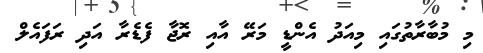
މި މުބާރާތުގައި މިއަދު އެންޑީ މަރޭ އާއި ރޮޖާ ފެޑެރާ އަދި ރަފައެލް